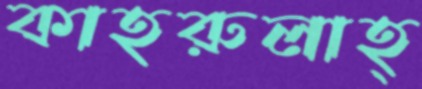
কাহরুলাহ্